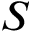
S